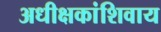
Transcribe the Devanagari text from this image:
अधीक्षकांशिवाय